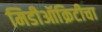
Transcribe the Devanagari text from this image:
मिडीऑक्रिटीचा